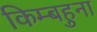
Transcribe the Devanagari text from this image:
किम्बहुना